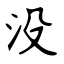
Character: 没